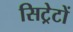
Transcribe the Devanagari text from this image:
सिट्रेटों